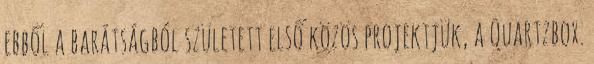
ebből a barátságból született első közös projektjük, a Quartzbox.